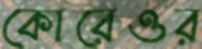
কোরেওর